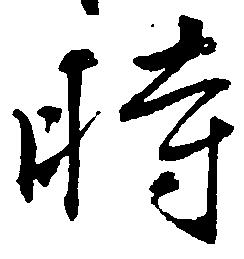
時